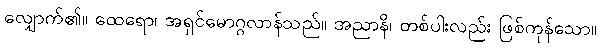
လျှောက်၏။ ထေရော၊ အရှင်မောဂ္ဂလာန်သည်။ အညာနိ၊ တစ်ပါးလည်း ဖြစ်ကုန်သော။